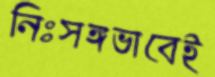
নিঃসঙ্গভাবেই